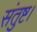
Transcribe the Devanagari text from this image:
संतुष्ट।